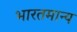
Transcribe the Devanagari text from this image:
भारतमान्य